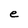
Character: e